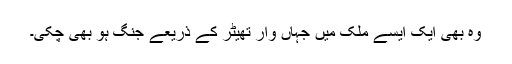
وہ بھی ایک ایسے ملک میں جہاں وار تھیٹر کے ذریعے جنگ ہو بھی چُکی۔